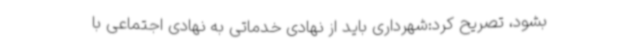
بشود، تصریح کرد:شهرداری باید از نهادی خدماتی به نهادی اجتماعی با